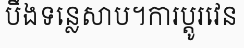
បឹងទន្លេសាប។ការប្តូរវេន